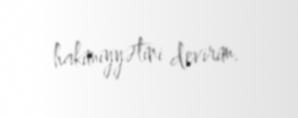
hakimiyyətini devirim.